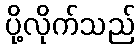
ပို့လိုက်သည်